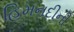
હિમનદીની